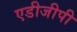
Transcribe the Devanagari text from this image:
एडीजीपी